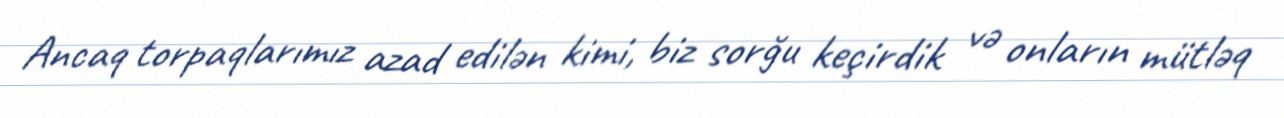
Ancaq torpaqlarımız azad edilən kimi, biz sorğu keçirdik və onların mütləq